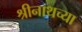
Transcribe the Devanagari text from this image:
श्रीनाथच्या